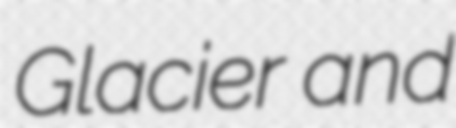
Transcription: Glacier and